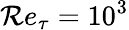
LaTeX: \mathcal{R}e_{\tau}=10^{3}